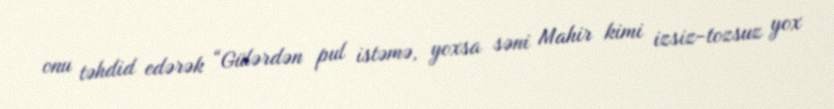
onu təhdid edərək “Gülərdən pul istəmə, yoxsa səni Mahir kimi izsiz-tozsuz yox